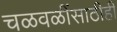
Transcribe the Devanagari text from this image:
चळवळींसाठीही